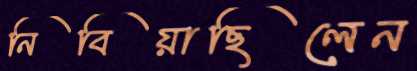
নিবিয়াছিলেন